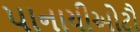
પાનાયીઓટૌ